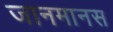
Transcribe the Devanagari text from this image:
जानमानस